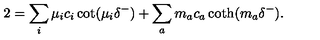
2 = \sum _ { i } \mu _ { i } c _ { i } \cot ( \mu _ { i } \delta ^ { - } ) + \sum _ { a } m _ { a } c _ { a } \coth ( m _ { a } \delta ^ { - } ) .